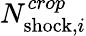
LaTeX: N_{{\mathrm{shock}},i}^{crop}